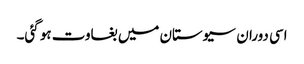
اسی دوران سیوستان میں بغاوت ہو گئی۔